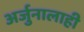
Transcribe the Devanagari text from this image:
अर्जुनालाही